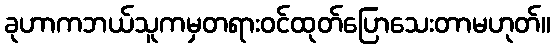
ခုဟာကဘယ်သူကမှတရားဝင်ထုတ်ပြောသေးတာမဟုတ်။